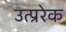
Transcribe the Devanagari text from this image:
उत्प्ररेक